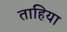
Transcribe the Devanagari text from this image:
ताहिया